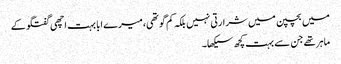
میں بچپن میں شرارتی نہیں بلکہ کم گو تھی، میرے ابا بہت اچھی گفتگو کے
ماہر تھے جن سے بہت کچھ سیکھا۔